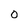
Character: 0